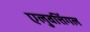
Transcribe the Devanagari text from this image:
एलुवत्तिंगल